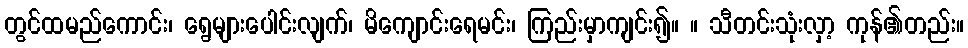
တွင်ထမည်ကောင်း၊ ရွေများပေါင်းလျက်၊ မိကျောင်းရေမင်း၊ ကြည်းမှာကျင်း၍။ ။ သီတင်းသုံးလှာ့ ကုန်၏တည်း။